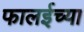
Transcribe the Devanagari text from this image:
फालईच्या